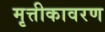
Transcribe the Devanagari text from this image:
मृत्तीकावरण